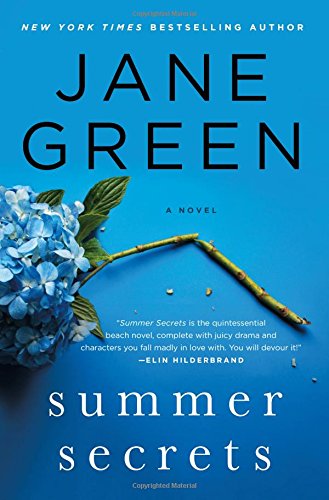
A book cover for Summer Secrets: A Novel; Jane Green; Literature & Fiction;